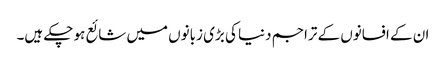
ان کے افسانوں کے تراجم دنیا کی بڑی زبانوں میں شائع ہو چکے ہیں۔